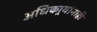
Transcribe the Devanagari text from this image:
अधिकार्‍यांनाही